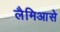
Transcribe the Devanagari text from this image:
लैमिआसे